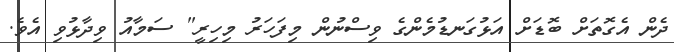
ދެން އެގޮތަށް ބޮޑަށް އަޅުގަނޑުމެންގެ ވިސްނުން މިފަހަރު މިހިރީ" ސަމާއު ވިދާޅުވި އެވެ.